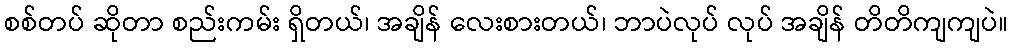
စစ်တပ် ဆိုတာ စည်းကမ်း ရှိတယ်၊ အချိန် လေးစားတယ်၊ ဘာပဲလုပ် လုပ် အချိန် တိတိကျကျပဲ။